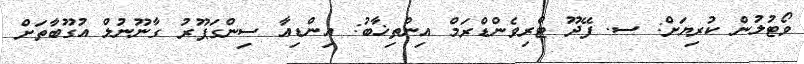
ވޯޓުލުން ކުރިޔަށް: ސ. ފޭދޫ ޓްރިވެންޑްރަމް އިންތިޚާބު: އިންޑިއާ ސިންގަޕޫރު ގާނޫނުލް އުގޫބާތަށް